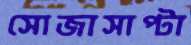
সোজাসাপ্টা